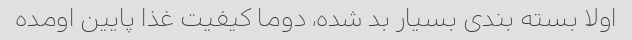
اولا بسته بندی بسیار بد شده، دوما کیفیت غذا پایین اومده